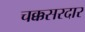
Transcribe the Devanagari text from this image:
चक्कसरदार